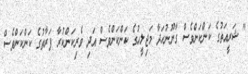
" ޝަރީއަތުގެ ކަންކަންވެސް ގާނޫނުހަދާ މަޖިލީހުގެ ކަންކަންވެސް އަދި ވެރިކަންކުރާ ފަރާތުގެ ކަންކަންވެސް